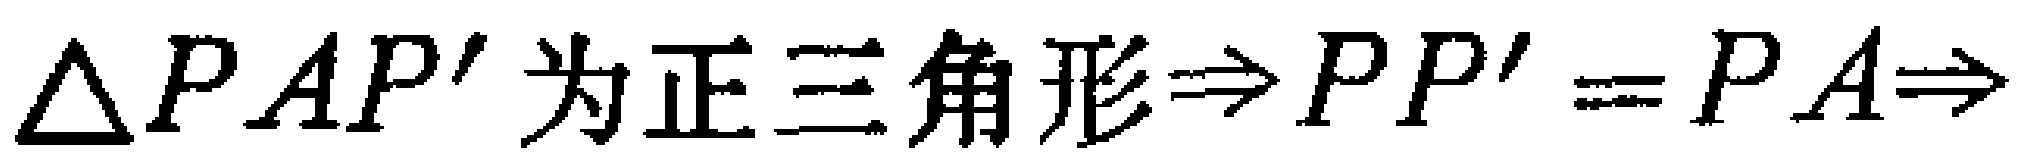
$\triangle PAP^{\prime} 为正三角形\Rightarrow PP^{\prime}=PA\Rightarrow$